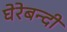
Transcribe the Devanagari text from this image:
घेरेबन्दी